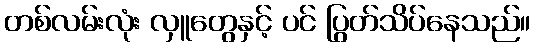
တစ်လမ်းလုံး လှူတွေနှင့် ပင် ပြွတ်သိပ်နေသည်။